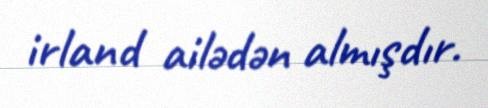
irland ailədən almışdır.